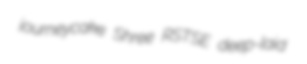
journeycake Shree RSTSE deep-laid